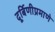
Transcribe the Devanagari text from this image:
दूर्बिणीप्रमाणे